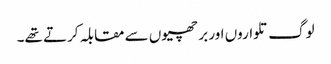
لوگ تلواروں اور بر چھیوں سے مقابلہ کرتے تھے۔